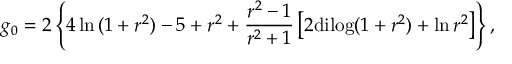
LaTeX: g _ { 0 } = 2 \left\{ 4 \ln { ( 1 + r ^ { 2 } ) } - 5 + r ^ { 2 } + { \frac { r ^ { 2 } - 1 } { r ^ { 2 } + 1 } } \left[ 2 \mathrm { d i l o g } ( 1 + r ^ { 2 } ) + \ln { r ^ { 2 } } \right] \right\} ,